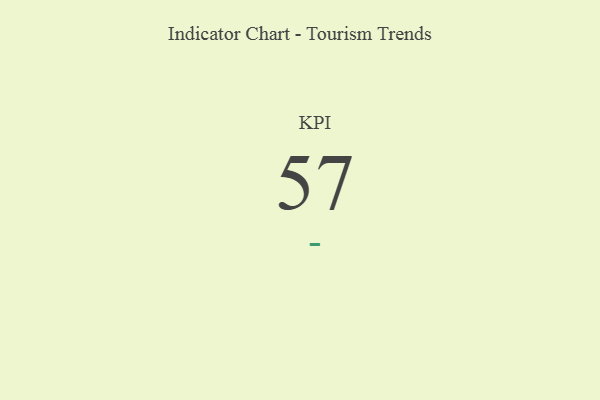
{"axis": {"x": "KPI", "y": "Value"}, "legend": [""], "data": [{"x": "KPI", "y": 57, "type": ""}]}